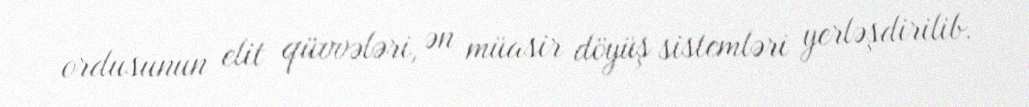
ordusunun elit qüvvələri, ən müasir döyüş sistemləri yerləşdirilib.